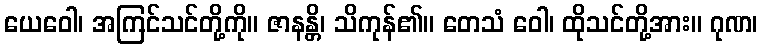
ယေဝေါ၊ အကြင်သင်တို့ကို။ ဇာနန္တိ၊ သိကုန်၏။ တေသံ ဝေါ၊ ထိုသင်တို့အား။ ဂုဏ၊